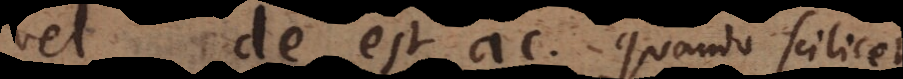
vel de est ac. Quando scilicet